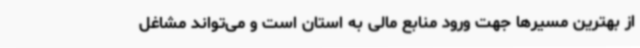
از بهترین مسیرها جهت ورود منابع مالی به استان است و می‌تواند مشاغل